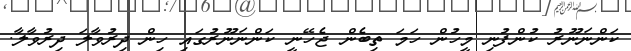
ކަންނަނޫރު ކުންފުނި މީހުން ހަމަ ތިބެން ޖެހޭނީ ކަންނަނޫރުގައި ހިން ދިރުވާލަ ދިރުވާލާ.